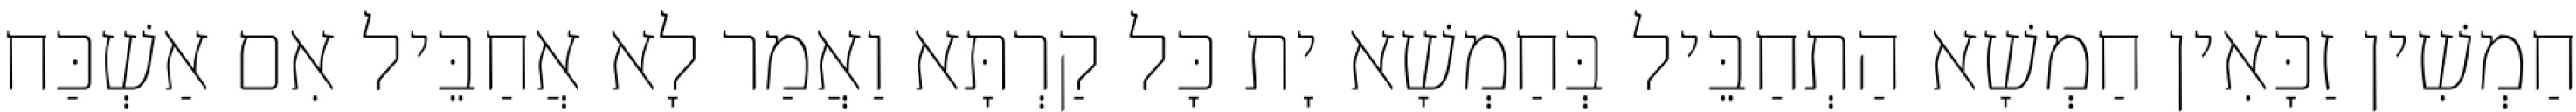
חַמְשִׁין זַכָּאִין חַמְשָׁא הַתְחַבֵּיל בְּחַמְשָׁא יָת כָּל קַרְתָּא וַאֲמַר לָא אֲחַבֵּיל אִם אַשְׁכַּח